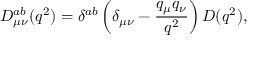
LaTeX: D _ { \mu \nu } ^ { a b } ( q ^ { 2 } ) = \delta ^ { a b } \left( \delta _ { \mu \nu } - \frac { q _ { \mu } q _ { \nu } } { q ^ { 2 } } \right) D ( q ^ { 2 } ) ,